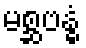
မစ္ဆဗန္ဓံ